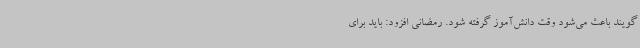
‌گویند باعث می‌شود وقت دانش‌آموز گرفته شود. رمضانی افزود: باید برای